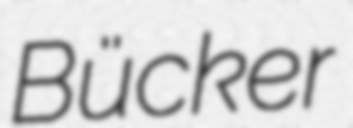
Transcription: Bücker